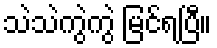
သဲသဲကွဲကွဲ မြင်ရပြီ။